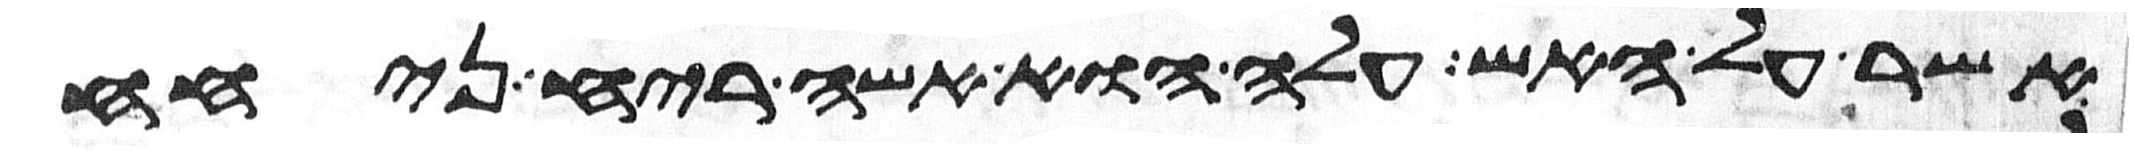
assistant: אשר על האש עלה הוא אשה ריח ניחח